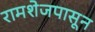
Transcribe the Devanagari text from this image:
रामशेजपासून